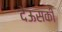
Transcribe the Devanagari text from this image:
देऊसकी